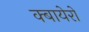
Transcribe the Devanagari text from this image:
क्बायेरो